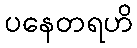
ပနေတရဟိ